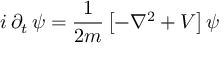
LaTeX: i \, \partial _ { t } \, \psi = \frac { 1 } { 2 m } \left[ - \nabla ^ { 2 } + V \right] \psi